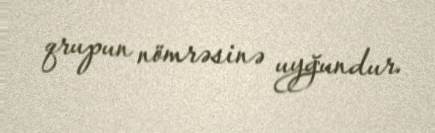
qrupun nömrəsinə uyğundur.